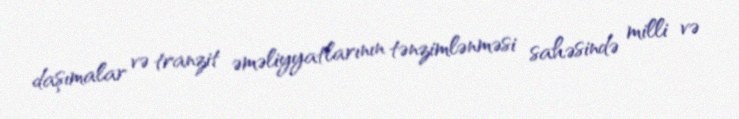
daşımalar və tranzit əməliyyatlarının tənzimlənməsi sahəsində milli və